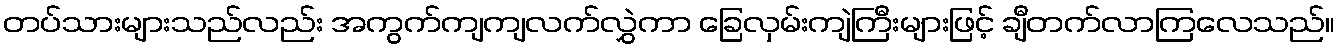
တပ်သားများသည်လည်း အကွက်ကျကျလက်လွှဲကာ ခြေလှမ်းကျဲကြီးများဖြင့် ချီတက်လာကြလေသည်။